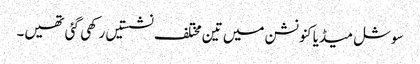
سوشل میڈیا کنونشن میں تین مختلف نشستیں رکھی گئی تھیں۔